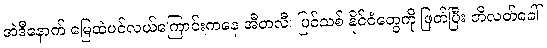
အဲဒီနောက် မြေထဲပင်လယ်ကြောင်းကနေ အီတလီ၊ ပြင်သစ် နိုင်ငံတွေကို ဖြတ်ပြီး ဘိလတ်ခေါ်